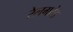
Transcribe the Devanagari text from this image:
रेलगटेड